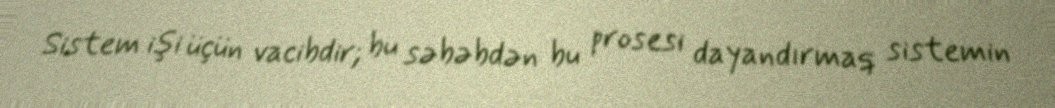
Sistem işi üçün vacibdir; bu səbəbdən bu prosesi dayandırmaq sistemin